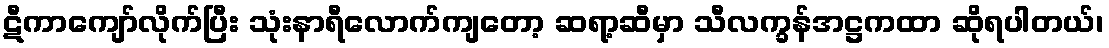
ဋီကာကျော်လိုက်ပြီး သုံးနာရီလောက်ကျတော့ ဆရာ့ဆီမှာ သီလက္ခန်အဋ္ဌကထာ ဆိုရပါတယ်၊